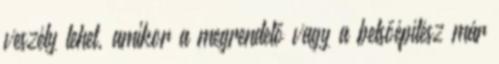
veszély lehet, amikor a megrendelő vagy a belsőépítész már